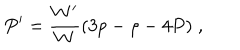
P ^ { \prime } = \frac { W ^ { \prime } } { W } ( 3 p - \rho - 4 P ) \; ,